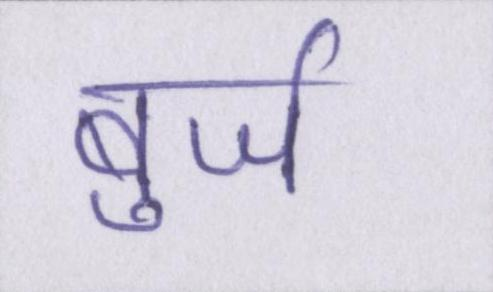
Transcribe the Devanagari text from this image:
बुर्ज